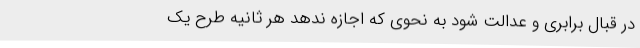
در قبال برابری و عدالت شود به نحوی که اجازه ندهد هر ثانیه طرح یک